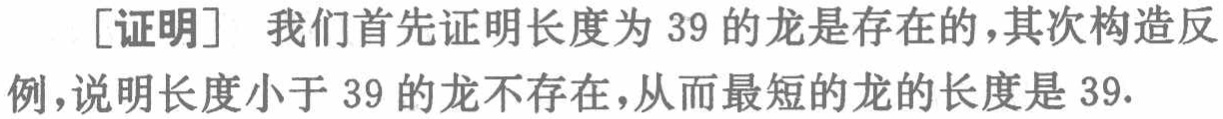
[证明] 我们首先证明长度为 39 的龙是存在的,其次构造反例,说明长度小于 39 的龙不存在,从而最短的龙的长度是 39.